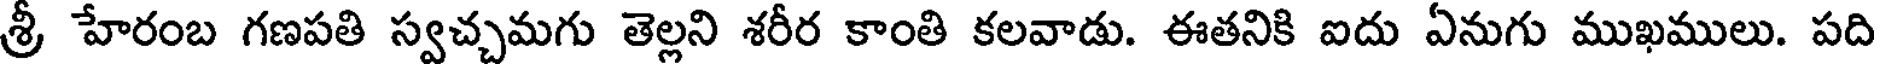
శ్రీ హేరంబ గణపతి స్వచ్చమగు తెల్లని శరీర కాంతి కలవాడు. ఈతనికి ఐదు ఏనుగు ముఖములు. పది